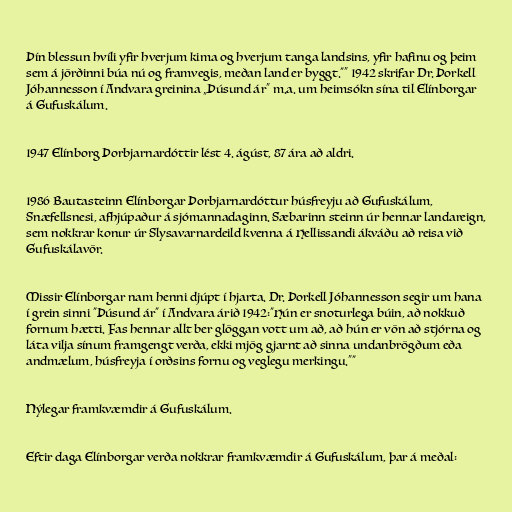
Þín blessun hvíli yfir hverjum kima og hverjum tanga landsins, yfir hafinu og þeim
sem á jörðinni búa nú og framvegis, meðan land er byggt."“ 1942 skrifar Dr. Þorkell
Jóhannesson í Andvara greinina „Þúsund ár“ m.a. um heimsókn sína til Elínborgar
á Gufuskálum.

1947 Elínborg Þorbjarnardóttir lést 4. ágúst, 87 ára að aldri.

1986 Bautasteinn Elínborgar Þorbjarnardóttur húsfreyju að Gufuskálum,
Snæfellsnesi, afhjúpaður á sjómannadaginn. Sæbarinn steinn úr hennar landareign,
sem nokkrar konur úr Slysavarnardeild kvenna á Hellissandi ákváðu að reisa við
Gufuskálavör.

Missir Elínborgar nam henni djúpt í hjarta. Dr. Þorkell Jóhannesson segir um hana
í grein sinni "Þúsund ár" í Andvara árið 1942:"Hún er snoturlega búin, að nokkuð
fornum hætti. Fas hennar allt ber glöggan vott um að, að hún er vön að stjórna og
láta vilja sínum framgengt verða, ekki mjög gjarnt að sinna undanbrögðum eða
andmælum, húsfreyja í orðsins fornu og veglegu merkingu.”"

Nýlegar framkvæmdir á Gufuskálum.

Eftir daga Elínborgar verða nokkrar framkvæmdir á Gufuskálum, þar á meðal: